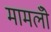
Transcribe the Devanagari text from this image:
मामलोँ